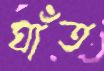
ঘাঁত